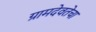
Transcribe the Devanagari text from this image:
ग्रामदेवतेचा